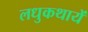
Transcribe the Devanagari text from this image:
लधुकथायें